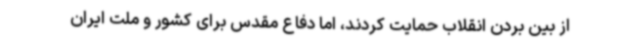
از بین بردن انقلاب حمایت کردند، اما دفاع مقدس برای کشور و ملت ایران